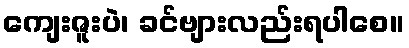
ကျေးဇူးပဲ၊ ခင်ဗျားလည်းရပါစေ။